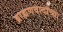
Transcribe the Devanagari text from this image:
ब्राह्मणवादाच्या